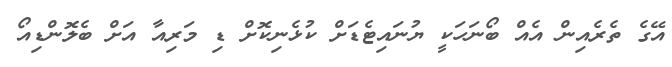
އޭގެ ތެރެއިން އެއް ބޯނަހަކީ ޔުނައިޓެޑަށް ކުޅެނިކޮށް ޑި މަރިއާ އަށް ބެލޮންޑިއޯ